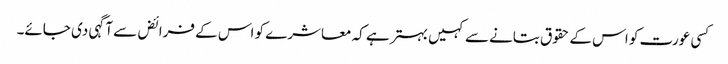
کسی عورت کو اس کے حقوق بتانے سے کہیں بہتر ہے کہ معاشرے کو اس کے فرائض سے آگہی دی جائے۔